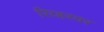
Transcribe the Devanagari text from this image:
रिव्हरवर